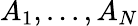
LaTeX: A_{1},...,A_{N}